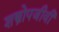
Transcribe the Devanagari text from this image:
शस्त्रोपजीवी